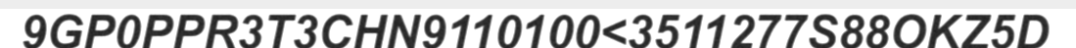
9GP0PPR3T3CHN9110100<3511277S88OKZ5D